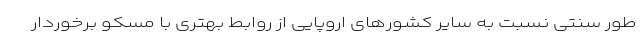
طور سنتی نسبت به سایر کشورهای اروپایی از روابط بهتری با مسکو برخوردار